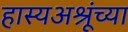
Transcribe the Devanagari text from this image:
हास्यअश्रूंच्या